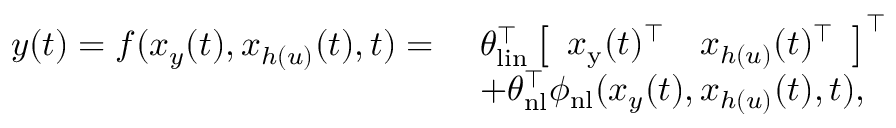
\begin{array} { r l } { y ( t ) = f ( x _ { y } ( t ) , x _ { h ( u ) } ( t ) , t ) = \ } & { \theta _ { \mathrm { l i n } } ^ { \top } \left[ \begin{array} { l l } { x _ { \mathrm { y } } ( t ) ^ { \top } } & { x _ { h ( u ) } ( t ) ^ { \top } } \end{array} \right] ^ { \top } } \\ & { + \theta _ { \mathrm { n l } } ^ { \top } \phi _ { \mathrm { n l } } ( x _ { y } ( t ) , x _ { h ( u ) } ( t ) , t ) , } \end{array}